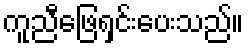
ကူညီဖြေရှင်းပေးသည်။